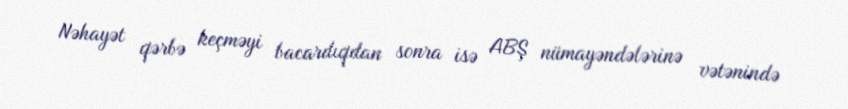
Nəhayət qərbə keçməyi bacardıqdan sonra isə ABŞ nümayəndələrinə vətənində